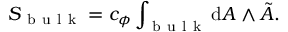
S _ { \mathrm { ~ b ~ u ~ l ~ k ~ } } = c _ { \phi } \int _ { \mathrm { ~ b ~ u ~ l ~ k ~ } } \mathrm { d } A \wedge \tilde { A } .